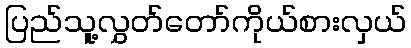
ပြည်သူ့လွှတ်တော်ကိုယ်စားလှယ်